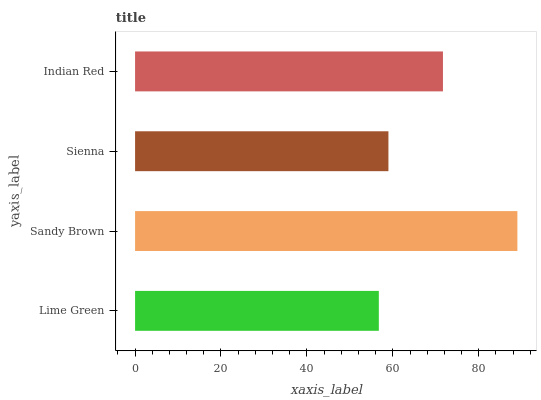
| yaxis_label | bars |
 | --- | --- |
 | Lime Green | 56.7 |
 | Sandy Brown | 89 |
 | Sienna | 59 |
 | Indian Red | 71.7 |